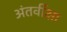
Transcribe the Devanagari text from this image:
अंतर्वीक्षा